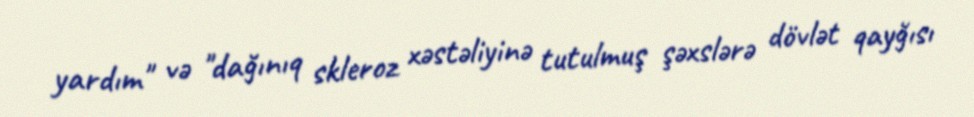
yardım" və "dağınıq skleroz xəstəliyinə tutulmuş şəxslərə dövlət qayğısı